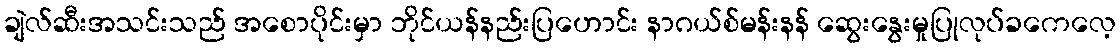
ချဲလ်ဆီးအသင်းသည် အစောပိုင်းမှာ ဘိုင်ယန်နည်းပြဟောင်း နာဂယ်စ်မန်းနန် ဆွေးနွေးမှုပြုလုပ်ခကေလေ့